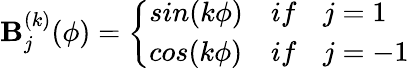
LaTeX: \mathbf{B}_{j}^{(k)}(\phi)=\left\{ \begin{array}{ll}{sin(k\phi)}&{\textit{if}\quad j=1}\\ {cos(k\phi)}&{\textit{if}\quad j=-1}\end{array}\right.